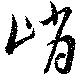
峭